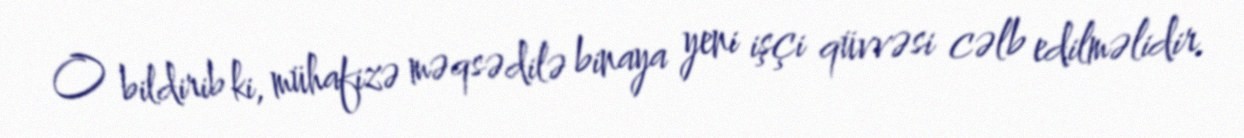
O bildirib ki, mühafizə məqsədilə binaya yeni işçi qüvvəsi cəlb edilməlidir.